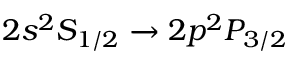
2 s ^ { 2 } S _ { 1 / 2 } \xrightarrow { } 2 p ^ { 2 } P _ { 3 / 2 }